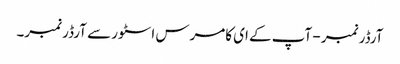
آرڈر نمبر - آپ کے ای کامرس اسٹور سے آرڈر نمبر۔